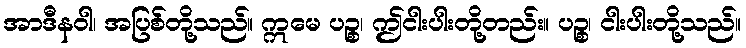
အာဒီနဝါ၊ အပြစ်တို့သည်။ ဣမေ ပဉ္စ၊ ဤငါးပါးတို့တည်း။ ပဉ္စ၊ ငါးပါးတို့သည်။